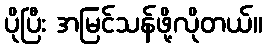
ပိုပြီး အမြင်သန်ဖို့လိုတယ်။